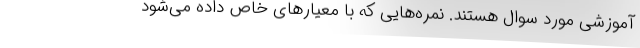
آموزشی مورد سوال هستند. نمره‌هایی که با معیار‌های خاص داده می‌شود